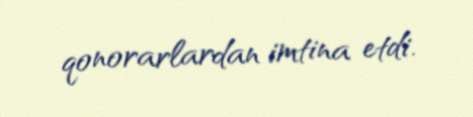
qonorarlardan imtina etdi.